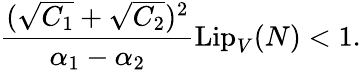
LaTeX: \frac{(\sqrt{C_{1}}+\sqrt{C_{2}})^{2}}{\alpha_{1}-\alpha_{2}}\mathrm{Lip}_{V}(N)<1.